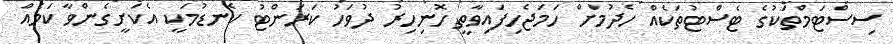
ސިސްޓަމްތަކުގެ ޓެސްޓުތަކެއް ހެދުމަށް ހަމަޖެހިފައިވާތީ ހޮނިހިރު ދުވަހު ކަރަންޓު ކެނޑުމަކީ އެކަށީގެންވާ ކަމެއް